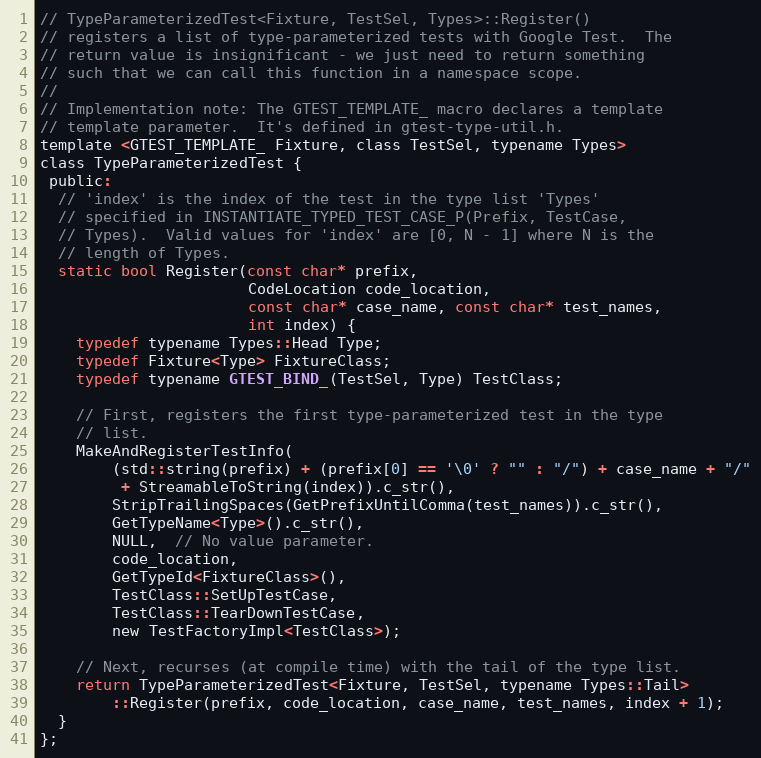
Language: C
// TypeParameterizedTest<Fixture, TestSel, Types>::Register()
// registers a list of type-parameterized tests with Google Test.  The
// return value is insignificant - we just need to return something
// such that we can call this function in a namespace scope.
//
// Implementation note: The GTEST_TEMPLATE_ macro declares a template
// template parameter.  It's defined in gtest-type-util.h.
template <GTEST_TEMPLATE_ Fixture, class TestSel, typename Types>
class TypeParameterizedTest {
 public:
  // 'index' is the index of the test in the type list 'Types'
  // specified in INSTANTIATE_TYPED_TEST_CASE_P(Prefix, TestCase,
  // Types).  Valid values for 'index' are [0, N - 1] where N is the
  // length of Types.
  static bool Register(const char* prefix,
                       CodeLocation code_location,
                       const char* case_name, const char* test_names,
                       int index) {
    typedef typename Types::Head Type;
    typedef Fixture<Type> FixtureClass;
    typedef typename GTEST_BIND_(TestSel, Type) TestClass;

    // First, registers the first type-parameterized test in the type
    // list.
    MakeAndRegisterTestInfo(
        (std::string(prefix) + (prefix[0] == '\0' ? "" : "/") + case_name + "/"
         + StreamableToString(index)).c_str(),
        StripTrailingSpaces(GetPrefixUntilComma(test_names)).c_str(),
        GetTypeName<Type>().c_str(),
        NULL,  // No value parameter.
        code_location,
        GetTypeId<FixtureClass>(),
        TestClass::SetUpTestCase,
        TestClass::TearDownTestCase,
        new TestFactoryImpl<TestClass>);

    // Next, recurses (at compile time) with the tail of the type list.
    return TypeParameterizedTest<Fixture, TestSel, typename Types::Tail>
        ::Register(prefix, code_location, case_name, test_names, index + 1);
  }
};